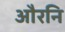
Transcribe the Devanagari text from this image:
औरनि